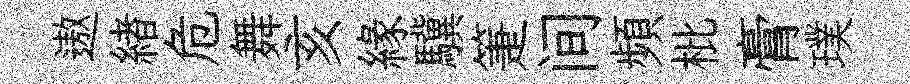
遨緖危舞亥緣驥箑间頻枇膏璞